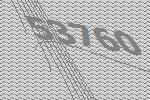
53760